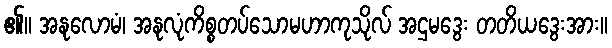
၏။ အနုလောမံ၊ အနုလုံကိစ္စတပ်သောမဟာကုသိုလ် အဌမဒွေး တတိယဒွေးအား။